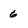
Character: 6